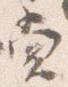
堂